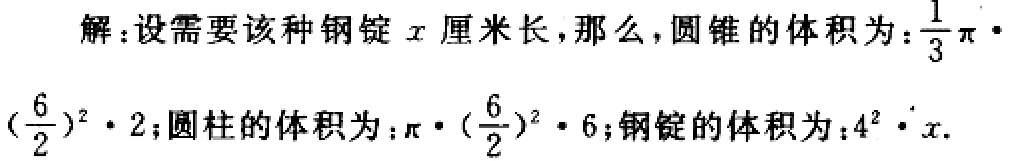
解：设需要该种钢锭\(x\)厘米长，那么，圆锥的体积为：\(\frac{1}{3}\pi\cdot(\frac{6}{2})^2\cdot 2\)；圆柱的体积为：\(\pi\cdot(\frac{6}{2})^2\cdot 6\)；钢锭的体积为：\(4^{2}\cdot x\).